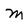
Character: M